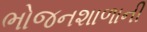
ભોજનશાળાની